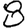
Digit: 8